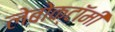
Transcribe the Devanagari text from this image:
लेबोक्टॉमी